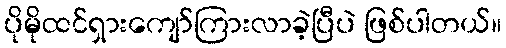
ပိုမိုထင်ရှားကျော်ကြားလာခဲ့ပြီပဲ ဖြစ်ပါတယ်။